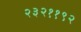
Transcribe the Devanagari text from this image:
२३२११९२